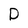
Character: D